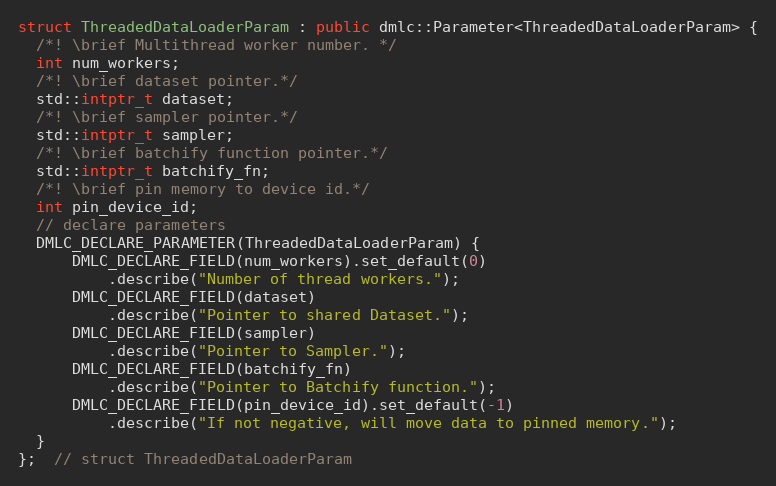
Language: C++
struct ThreadedDataLoaderParam : public dmlc::Parameter<ThreadedDataLoaderParam> {
  /*! \brief Multithread worker number. */
  int num_workers;
  /*! \brief dataset pointer.*/
  std::intptr_t dataset;
  /*! \brief sampler pointer.*/
  std::intptr_t sampler;
  /*! \brief batchify function pointer.*/
  std::intptr_t batchify_fn;
  /*! \brief pin memory to device id.*/
  int pin_device_id;
  // declare parameters
  DMLC_DECLARE_PARAMETER(ThreadedDataLoaderParam) {
      DMLC_DECLARE_FIELD(num_workers).set_default(0)
          .describe("Number of thread workers.");
      DMLC_DECLARE_FIELD(dataset)
          .describe("Pointer to shared Dataset.");
      DMLC_DECLARE_FIELD(sampler)
          .describe("Pointer to Sampler.");
      DMLC_DECLARE_FIELD(batchify_fn)
          .describe("Pointer to Batchify function.");
      DMLC_DECLARE_FIELD(pin_device_id).set_default(-1)
          .describe("If not negative, will move data to pinned memory.");
  }
};  // struct ThreadedDataLoaderParam